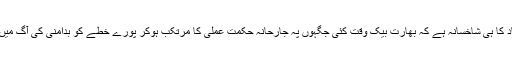
یہ امریکی تعاون اور آشیر باد کا ہی شاخسانہ ہے کہ بھارت بیک وقت کئی جگہوں پہ جارحانہ حکمت عملی کا مرتکب ہوکر پورے خطے کو بدامنی کی آگ میں جھونکنے پہ کمر بستہ ہے۔